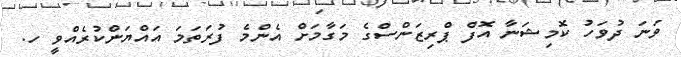
ވަނަ ދުވަހު ކޮމިޝަނާ އޮފް ޕްރިޒަންސްގެ މަގާމަށް އެންމެ ފުރަތަމަ އައްޔަންކުރެއްވީ ހ.